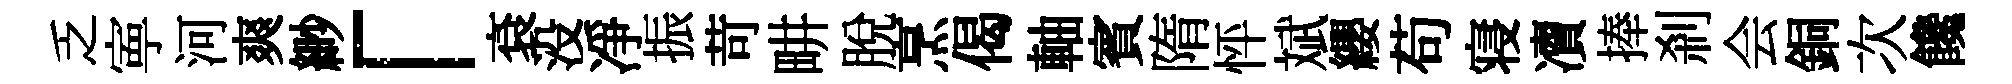
乏寕河爽緲「袞没凈振苛畊脱烹偈軸賓隋怦斌纓苟寝凟捧剎会銅次饞